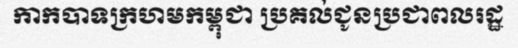
កាកបាទក្រហមកម្ពុជា ប្រគល់ជូនប្រជាពលរដ្ឋ